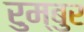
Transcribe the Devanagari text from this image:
रुम्बुर